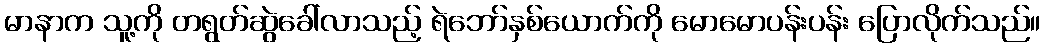
မာနာက သူ့ကို တရွတ်ဆွဲခေါ်လာသည့် ရဲဘော်နှစ်ယောက်ကို မောမောပန်းပန်း ပြောလိုက်သည်။